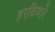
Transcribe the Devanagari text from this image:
हरविणारे